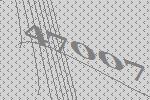
47007